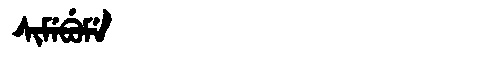
Manchu: ᠰᡳᠮᡝᠪᡠᠮᡝ
Romanization: SIMEBUME